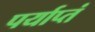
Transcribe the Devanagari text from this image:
पर्याप्तं